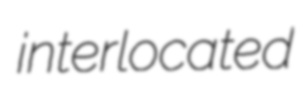
interlocated